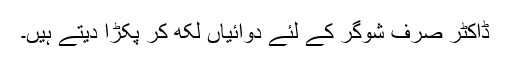
ڈاکٹر صرف شوگر کے لئے دوائیاں لکھ کر پکڑا دیتے ہیں۔